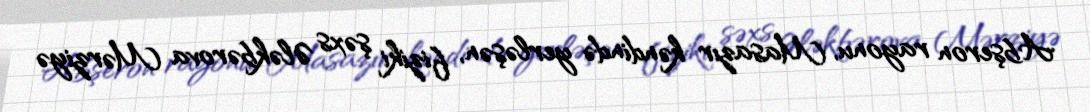
Abşeron rayonu, Masazır kəndində yerləşən, fiziki şəxs Ələkbərova Mərziyə